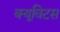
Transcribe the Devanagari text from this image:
क्यूविटस